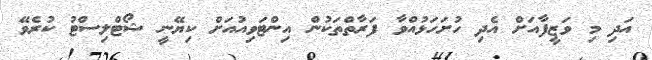
އަދި މި ވަޒީފާއަށް އެދި ހުށަހަޅުއްވާ ފަރާތްތަކުން އިންޓަވިއުއަށް ކިޔޭނީ ޝޯޓްލިސްޓު ކުރެވޭ